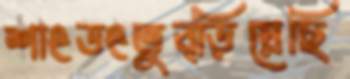
শাংডংতুব্‌ড়িয়েছি